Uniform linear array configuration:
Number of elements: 16
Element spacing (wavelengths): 0.25
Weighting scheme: blackman
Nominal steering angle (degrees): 60
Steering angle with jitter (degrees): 58.072
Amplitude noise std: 0.05
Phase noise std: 0.05

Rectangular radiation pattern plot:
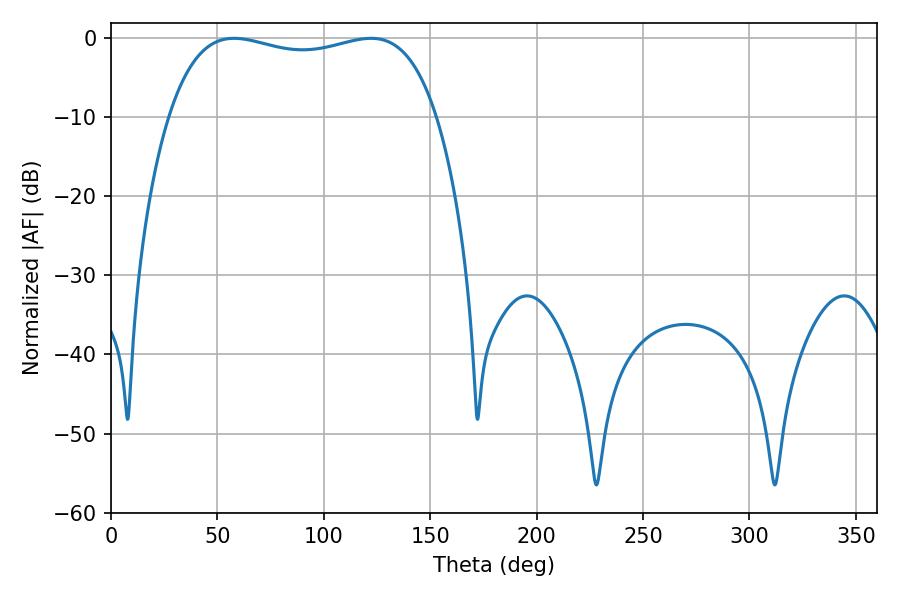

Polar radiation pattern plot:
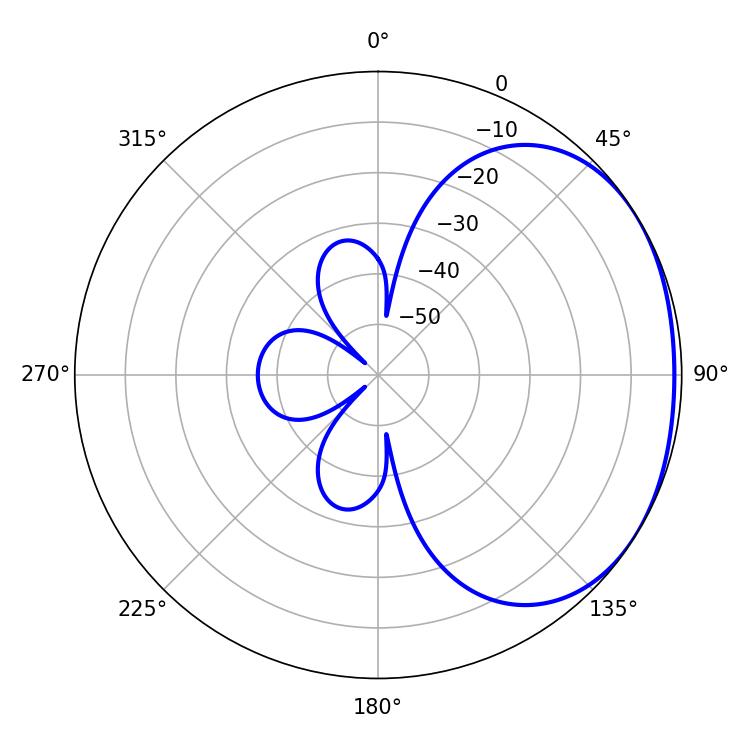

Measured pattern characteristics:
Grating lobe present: FALSE
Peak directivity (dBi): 1.619
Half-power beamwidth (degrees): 102.24
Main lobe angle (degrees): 57.78